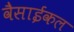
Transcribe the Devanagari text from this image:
वैसाईकल